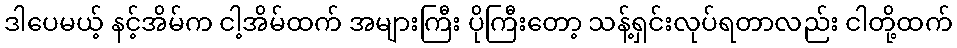
ဒါပေမယ့် နင့်အိမ်က ငါ့အိမ်ထက် အများကြီး ပိုကြီးတော့ သန့်ရှင်းလုပ်ရတာလည်း ငါတို့ထက်